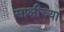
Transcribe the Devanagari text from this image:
साक्षीच्या